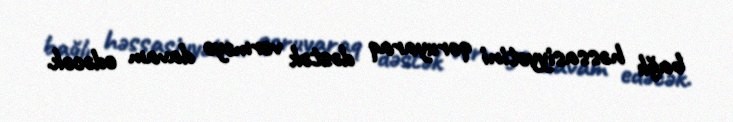
bağlı həssasiyyətini qoruyaraq dəstək verməyə davam edəcək.